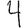
Digit: 4